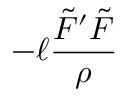
- \ell \frac { { \tilde { \cal F } ^ { \prime } } { { \tilde { \cal F } } } } { \rho }